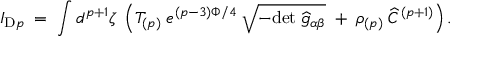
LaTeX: I _ { \mathrm { D } p } \; = \; \int d ^ { p + 1 } \zeta \; \left( T _ { ( p ) } \; e ^ { ( p - 3 ) \Phi / 4 } \; \sqrt { - \mathrm { d e t } \; { \widehat g } _ { \alpha \beta } } \; + \; \rho _ { ( p ) } \; \widehat C ^ { ( p + 1 ) } \right) .